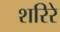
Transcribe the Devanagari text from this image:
शरिरे